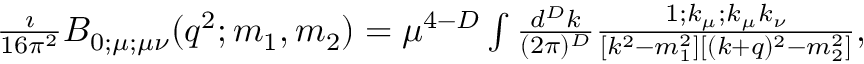
\begin{array} { r } { \frac { \imath } { 1 6 \pi ^ { 2 } } B _ { 0 ; \mu ; \mu \nu } ( q ^ { 2 } ; m _ { 1 } , m _ { 2 } ) = \mu ^ { 4 - D } \int \frac { d ^ { D } k } { ( 2 \pi ) ^ { D } } \frac { 1 ; k _ { \mu } ; k _ { \mu } k _ { \nu } } { [ k ^ { 2 } - m _ { 1 } ^ { 2 } ] [ ( k + q ) ^ { 2 } - m _ { 2 } ^ { 2 } ] } , } \end{array}